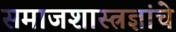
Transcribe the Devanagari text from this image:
समाजशास्त्रज्ञांचे